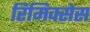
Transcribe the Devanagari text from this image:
रिमिक्सेस